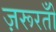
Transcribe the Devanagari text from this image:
ज़रूरतोँ